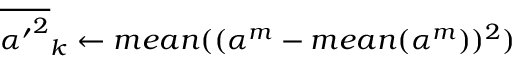
{ \overline { { { \alpha ^ { \prime } } ^ { 2 } } } } _ { k } \gets m e a n ( ( \alpha ^ { m } - m e a n ( \alpha ^ { m } ) ) ^ { 2 } )